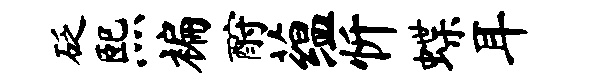
砭熙褊酹蕴忻蝶耳